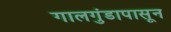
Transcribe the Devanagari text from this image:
गालगुंडापासून